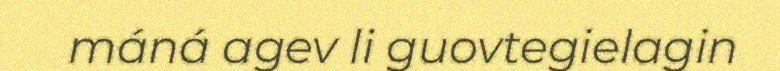
máná agev li guovtegielagin